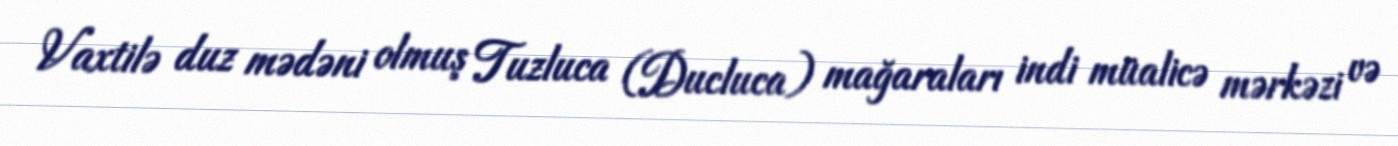
Vaxtilə duz mədəni olmuş Tuzluca (Ducluca) mağaraları indi müalicə mərkəzi və